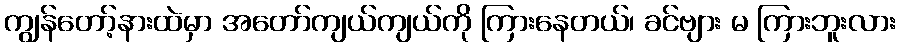
ကျွန်တော့်နားထဲမှာ အတော်ကျယ်ကျယ်ကို ကြားနေတယ်၊ ခင်ဗျား မ ကြားဘူးလား